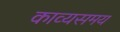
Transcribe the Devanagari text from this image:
काव्यसमय